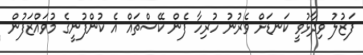
ފަޒުލު ވިދާޅުވީ ކަނޑަށް ވެރުނު ހުރިހާ ފެން ކޭސްތައް އެ ކުންފުނީގެ މުވައްޒަފުން